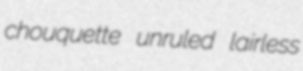
chouquette unruled lairless